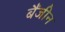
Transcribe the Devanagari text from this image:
बैंजीन